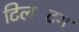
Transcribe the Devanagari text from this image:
टिलटिंग